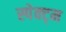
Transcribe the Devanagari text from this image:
स्पेक्ट्म